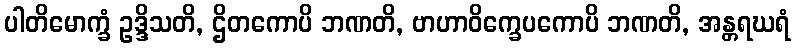
ပါတိမောက္ခံ ဥဒ္ဒိသတိ, ဌိတကောပိ ဘဏတိ, ဗာဟာဝိက္ခေပကောပိ ဘဏတိ, အန္တရဃရံ